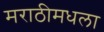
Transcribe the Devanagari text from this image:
मराठीमधला